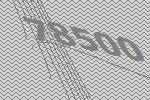
78500